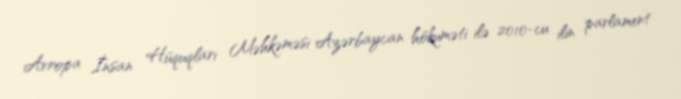
Avropa İnsan Hüquqları Məhkəməsi Azərbaycan hökuməti ilə 2010-cu ilin parlament